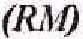
(RM)